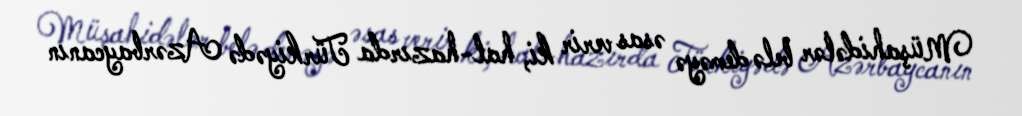
Müşahidələr belə deməyə əsas verir ki, hal-hazırda Türkiyədə Azərbaycanın